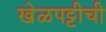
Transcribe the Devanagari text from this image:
खेळपट्टीची